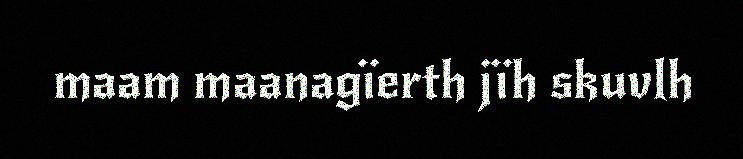
maam maanagïerth jïh skuvlh